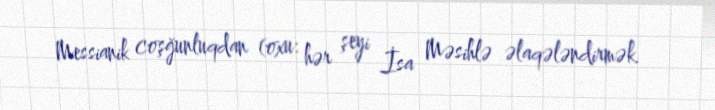
Messianik coşğunluqdan (oxu: hər şeyi İsa Məsihlə əlaqələndirmək.